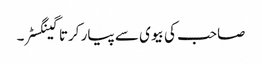
صاحب کی بیوی سے پیار کرتا گینگسٹر۔